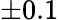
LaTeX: \pm 0.1